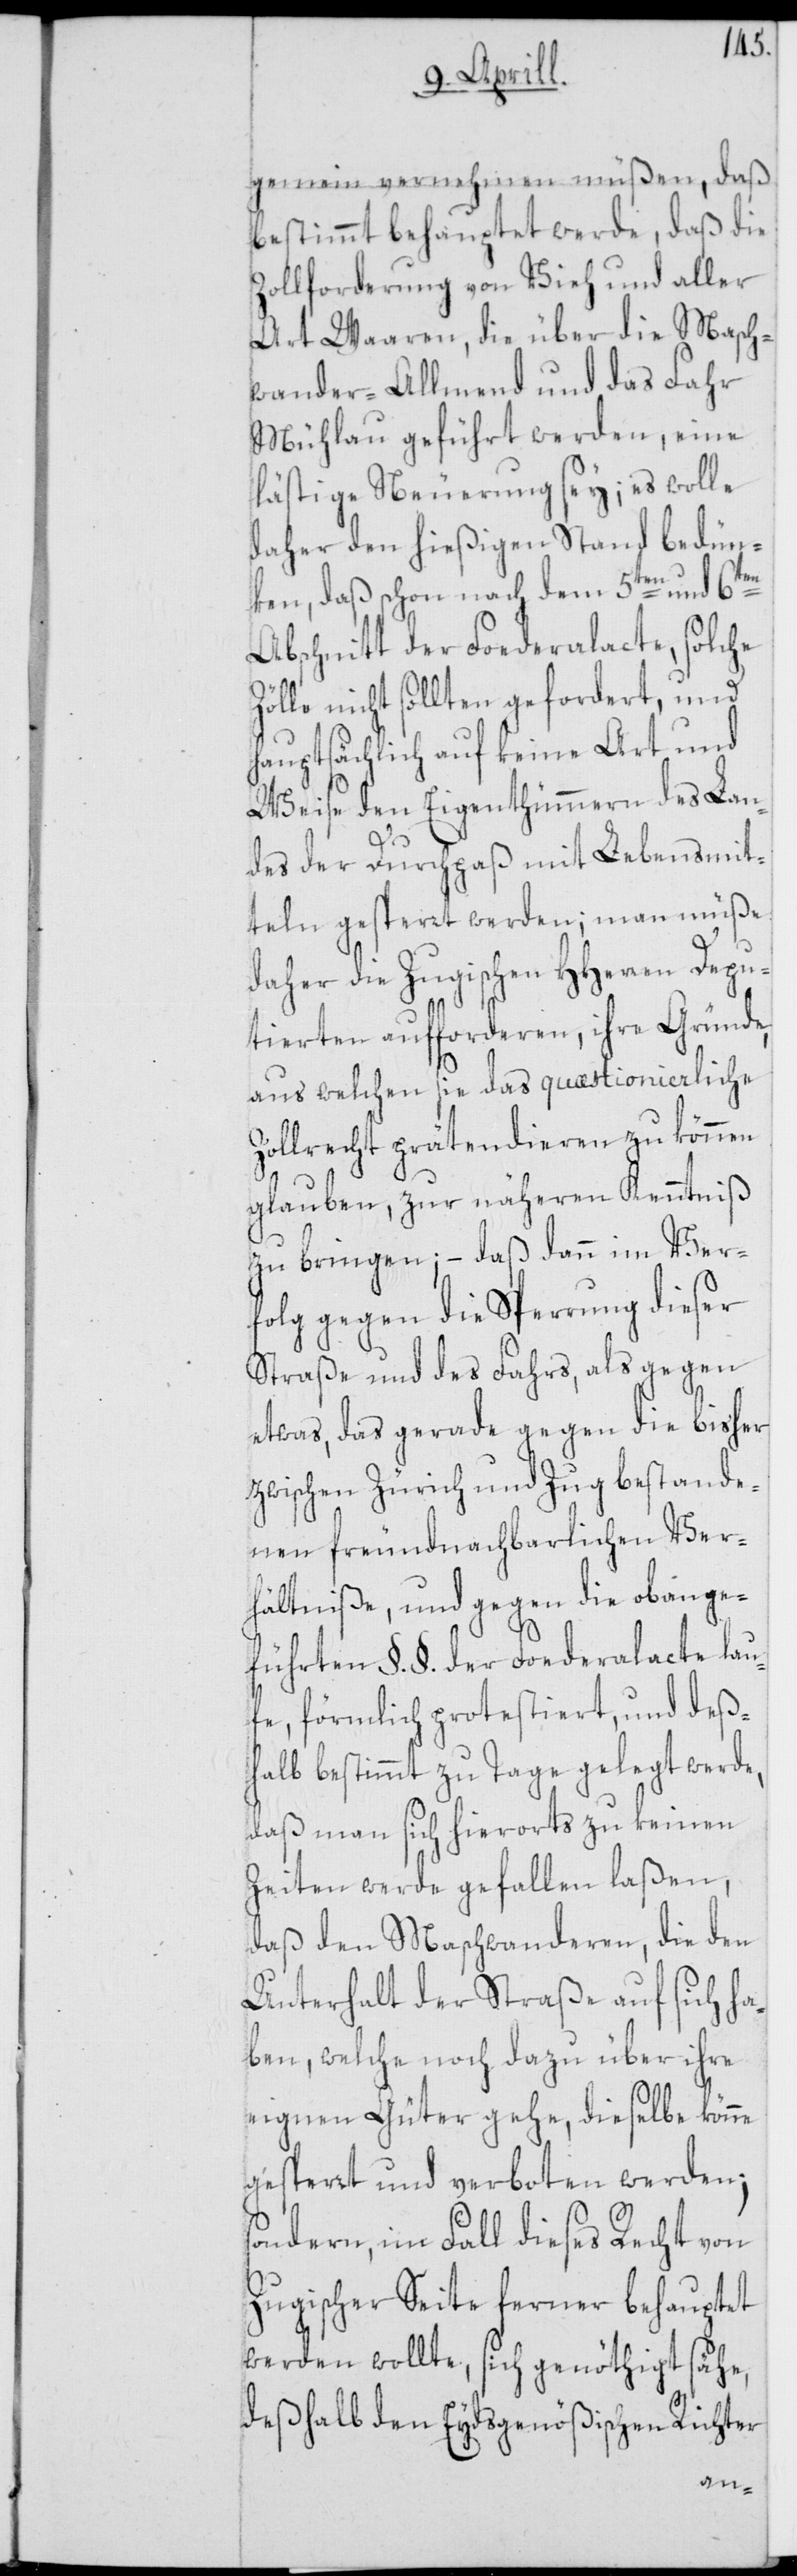
gemein vernehmen müßen, daß
bestimmt behauptet werde, daß die
Zollforderung von Vieh und aller
Art Waaren, die über die Masch¬
wander-Allmend und das Fahr
Mühlau geführt werden, eine
lästige Neuerung sey; es wolle
daher den hießigen Stand bedün¬
ken, daß schon nach dem 5ten und 6ten
Abschnitt der Foederalacte, solche
Zölle nicht sollten gefordert, und
hauptsächlich auf keine Art und
Weise den Eigenthümmern des Lan¬
des der Durchpaß mit Lebensmit¬
teln gesperrt werden; man müße
daher die Zugischen HHerren Depu¬
tierten aufforderen, ihre Gründe,
aus welchen sie das quæstionierliche
Zollrecht prätendieren zu können
glauben, zur näheren Kenntniß
zu bringen; – daß dann im Ver¬
folg gegen die Sperrung dieser
Straße und des Fahrs, als gegen
etwas, das gerade gegen die bisher
zwischen Zürich und Zug bestande¬
nen freundnachbarlichen Ver¬
hältniße, und gegen die obange¬
führten §. §. der Foederalacte lau¬
fe, förmlich protestiert, und deß¬
halb bestimmt zu Tage gelegt werde,
daß man sich hierorts zu keinen
Zeiten werde gefallen laßen,
daß den Maschwanderen, die den
Unterhalt der Straße auf sich ha¬
ben, welche noch dazu über ihre
eignen Güter gehe, dieselbe könne
gesperrt und verboten werden;
sondern, im Fall dieses Recht von
Zugischer Seite ferner behauptet
werden wollte, sich genöthigt sähe,
deßhalb den Eydsgenößischen Richter